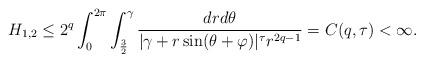
LaTeX: \begin{align*}H_{1,2}\leq2^q\int_0^{2\pi}\int_{\frac{3}{2}}^\gamma\frac{dr d\theta}{|\gamma+r\sin(\theta+\varphi)|^\tau r^{2q-1}}=C(q,\tau)<\infty.\end{align*}